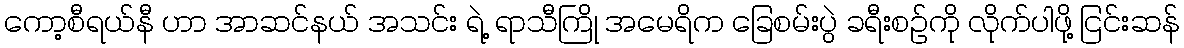
ကော့စီရယ်နီ ဟာ အာဆင်နယ် အသင်း ရဲ့ ရာသီကြို အမေရိက ခြေစမ်းပွဲ ခရီးစဉ်ကို လိုက်ပါဖို့ ငြင်းဆန်